system: You are a helpful assistant.
user:
Analyze the provided spectrum to determine if it is a **Carbon Star (C-type)**.

- **Key Visual Indicators of Carbon Star:**
    - **(Primary):** Strong molecular absorption from **C₂ (diatomic carbon) "Swan Bands."** This is the **defining feature** of a carbon star.
        - **(Key Bandheads):** Sharp absorption edges are visible at approximately $5635$ Å, $5165$ Å (the strongest band), and $4737$ Å.
        - **(Line Profile):** Creates a distinct **"saw-tooth"** pattern. The key morphology is a sharp, steep bandhead on the **red (long-wavelength) side**, which then gradually tapers off (i.e., flux recovers) towards the **blue (short-wavelength) side**. *(This is the direct opposite of the TiO bands seen in M-type stars)*.

    - **(Secondary):** Intense **CN (cyanogen)** molecular absorption bands.
        - **(Key Bandheads):** Located in the blue and violet regions of the spectrum (e.g., near $4215$ Å and $3883$ Å).
        - **(Morphology):** These bands are extremely broad and act as a "blanket," absorbing the vast majority of blue and violet light. This creates a characteristic **"cliff"** or **"steep drop-off"** in the spectrum's flux at short wavelengths.

    - **(Key Confirmation):** Strong **CH absorption band (G-band)**.
        - **(Key Bandhead):** Located around $4300$ Å. The contribution from CH molecules to this band is exceptionally strong.

    - **(Overall Spectrum):**
        - The continuum is severely "chopped up" by these deep molecular bands, especially C₂, rather than appearing as a smooth curve.
        - Due to the heavy CN and C₂ absorption in the blue-green, the vast majority of the star's flux is concentrated in the red part of the spectrum, giving the star its characteristic deep red color.

Think first, call **spectral_visualization_tool** if needed to examine features in detail, then provide your final answer. Your response must adhere to the following strict rules:
1.  **Overall Structure:** Your response must follow the format `<think>...</think> <tool_call>...</tool_call> (if a tool is used) <answer>...</answer>`.
2.  **Tool Usage Constraint:** You may only make **one** tool call per turn.
3.  **Final Answer Format:** In the `<answer>` tag, your conclusion must be inside a `\boxed{}` command (e.g., `\boxed{YES}`), followed by your justification.

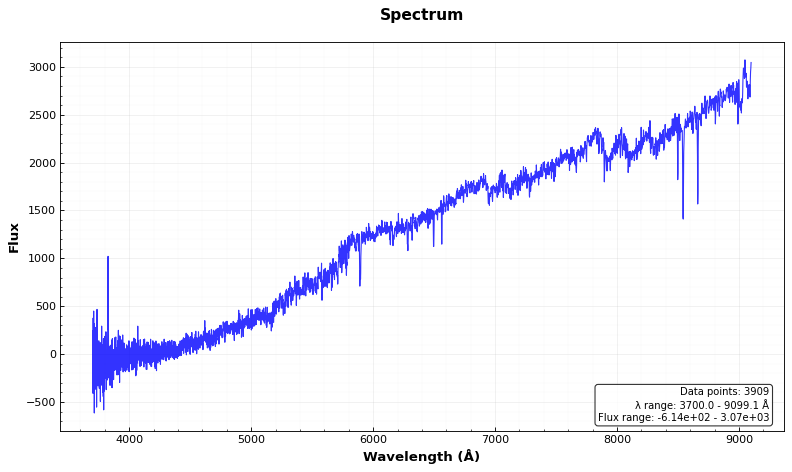
Answer: YES